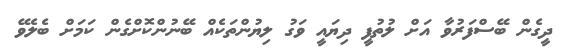
ދީގެން ބޭސްފަރުވާ އަށް ލުތުފީ ދިޔައީ ވަގު ލިޔުންތަކެއް ބޭނުންކޮށްގެން ކަމަށް ބެލެވޭ